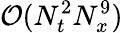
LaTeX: \mathcal{O}(N_{t}^{2}N_{x}^{9})